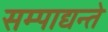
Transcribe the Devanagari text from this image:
सम्पाद्यन्ते